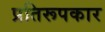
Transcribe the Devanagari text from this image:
प्रतिरूपकार